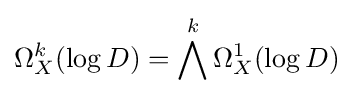
\Omega _{X}^{k}(\log D)=\bigwedge ^{k}\Omega _{X}^{1}(\log D)